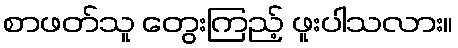
စာဖတ်သူ တွေးကြည့် ဖူးပါသလား။